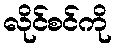
လိုင်စင်ကို